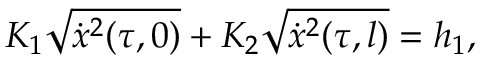
K _ { 1 } \sqrt { \dot { x } ^ { 2 } ( \tau , 0 ) } + K _ { 2 } \sqrt { \dot { x } ^ { 2 } ( \tau , l ) } = h _ { 1 } ,